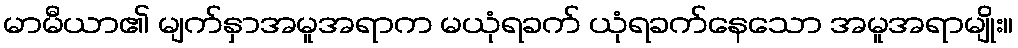
မာမီယာ၏ မျက်နှာအမူအရာက မယုံရခက် ယုံရခက်နေသော အမူအရာမျိုး။